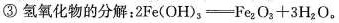
③氢氧化物的分解：$$2Fe(OH)_{3}=Fe_{2}O_{3}+3H_{2}O$$。